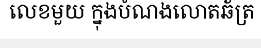
លេខមួយ ក្នុងបំណងលោតឆ័ត្រ